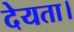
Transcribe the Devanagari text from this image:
देयता।